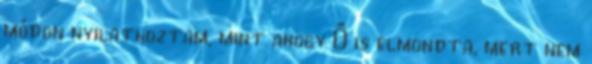
módon nyilatkoztam, mint ahogy Ő is elmondta, mert nem